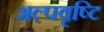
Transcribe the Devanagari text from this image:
अल्पवृष्टि